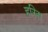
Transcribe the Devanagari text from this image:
हरिस